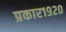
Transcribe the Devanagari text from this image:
प्रकार१९२०